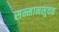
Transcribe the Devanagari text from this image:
सन्मानसूचक